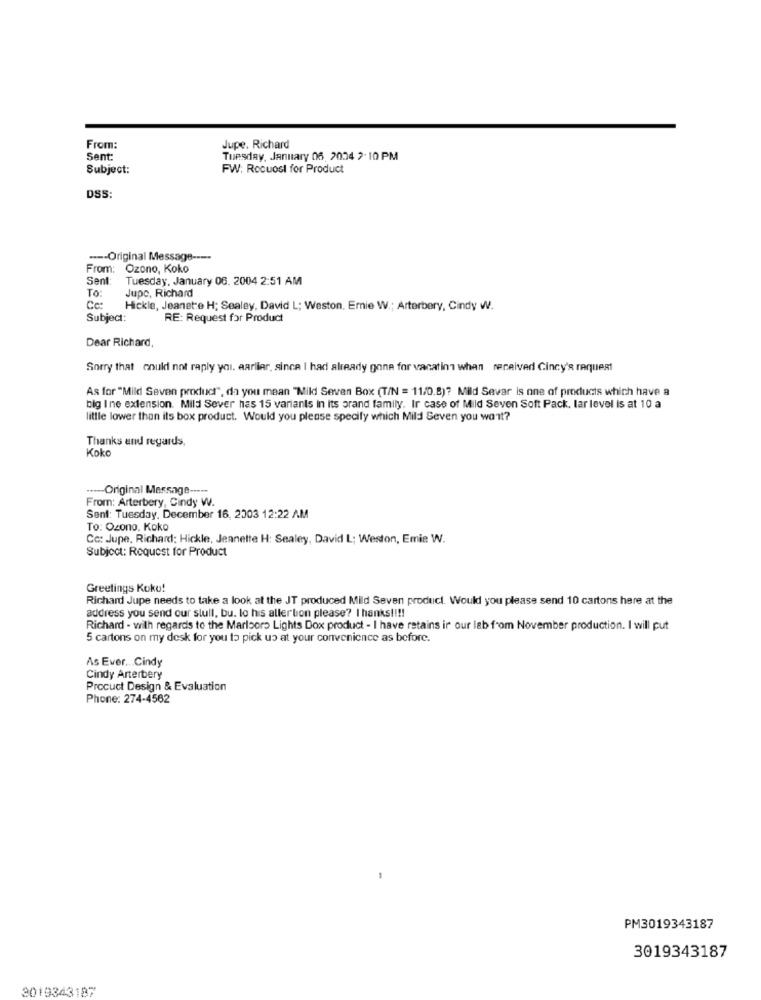
From:
Jupe. Richard
Sent:
Tuesday, January 06, 2004 2. 10 PM
Subject:
FW: Rocuost for Product
DSS:
---- Original Message ----
From: Ozono, Koko
Sent:
Tuesday, January 06. 2004 2:51 AM
To:
Jupe, Richard
Cc:
Hickle, Jeanete H; Sealey, David L; Weston. Emnie W .; Arterbery, Cindy W.
Subject:
RE: Request for Product
Dear Richard,
Sorry that could not raply you. aariler, since I had already gone for vanatin1 when received Cincy's request
As for "Mild Seven product", da you mean "Mild Seven Box (T/N = 11/0.8)? Mild Sevar is one of products which have a
big I ne extension. Mild Sever has 15 variants in its arand family. Ir case of Mild Seven Soft Pack, lar level is at 10 a
little lower than its box product. Would you please specify which Mild Seven you want?
Thanks and regards,
Koko
----- Original Message -----
From: Arterbery, Cindy W.
Sent: Tuesday, December 16, 2003 12:22 AM
To: Ozono. Koko
Cc: Jupe, Richard: Hickle, Jeanette H: Sealey, David L; Weston, Emie W.
Subject: Request for Product
Greetings Koko!
Richard Jupe needs to take a look at the JT produced Mild Seven product. Would you please send 10 cartons here at the
address you send our stull, bu. lo his allertion please? I hanks !!!!
Richard - with regards to the Marlboro Lights Dox product - I have retains ir our lab from November production. I will put
5 cartons on my desk for you to pick up at your convenience as before.
As Ever ... Cindy
Cindy Arterbery
Procuct Design & Evaluation
Phone: 274-4562
PM3019343187
3019343187
3019343187